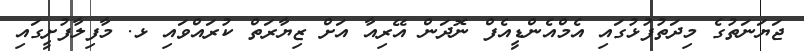
ޖަޔަނަތުގެ މިދަތުފުޅުގައި އެމްއެންޑީއެފް ނޮދަން އޭރިއާ އަށް ޒިޔާރަތް ކުރައްވައި ޅ. މާފިލާފުށީގައި